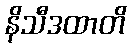
နိသီဒထာတိ